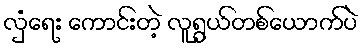
လှံရေး ကောင်းတဲ့ လူရွယ်တစ်ယောက်ပဲ